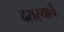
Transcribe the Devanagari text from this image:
दसर्‍याचें